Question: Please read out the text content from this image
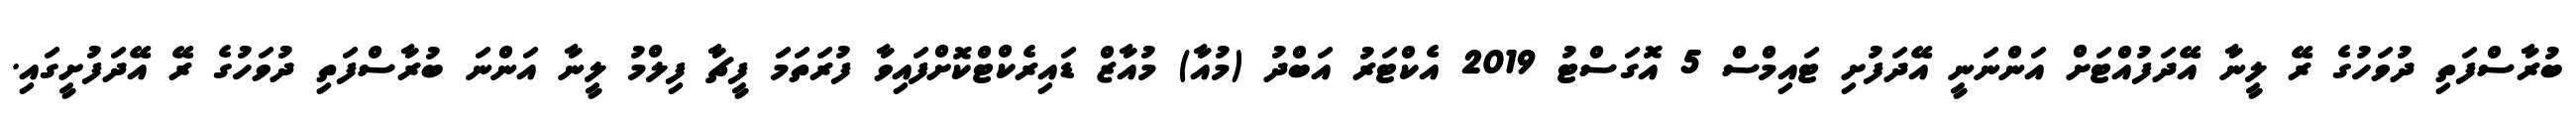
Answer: ބުރާސްފަތި ދުވަހުގެ ރޭ ލީނާ އޭދަފުއްޓަށް އަންނަނީ އޭދަފުށި ޓައިމްސް 5 އޮގަސްޓު 2019 އެކްޓަރު އަބްދު (މުއާ) މުއާޒް ޑައިރެކްޓްކޮށްފައިވާ ފުރަތަމަ ފީޗާ ފިލްމު ލީނާ އަންނަ ބުރާސްފަތި ދުވަހުގެ ރޭ އޭދަފުށީގައި.